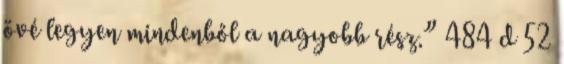
övé legyen mindenből a nagyobb rész.” 484 d 52